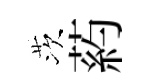
茨葯